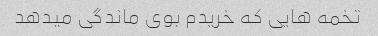
تخمه هایی که خریدم بوی ماندگی میدهد